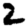
Digit: 2